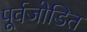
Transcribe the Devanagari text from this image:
पूर्वजोडित